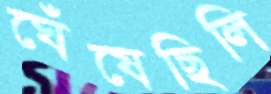
ঘেঁষেছিলি